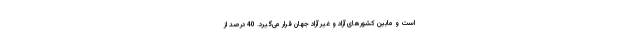
است و مابین کشورهای آزاد و غیر آزاد جهان قرار می‌گیرد. 40 درصد از